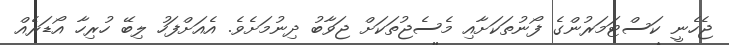
ޖެހެނީ ކަސްޓަމަރުންގެ ފޯނުތަކަށާއި މެސެޖުތަކަށް ޖަވާބު ދިނުމަށެވެ. އެއަށްފަހު ލިބޭ ހުރިހާ އޯޑަރެއް